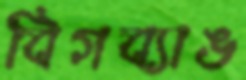
বিগব্যাঙ